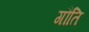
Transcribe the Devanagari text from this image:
गौति